Vaccination in Bombay 1856-1862 - 1856-1862
Year: 1856
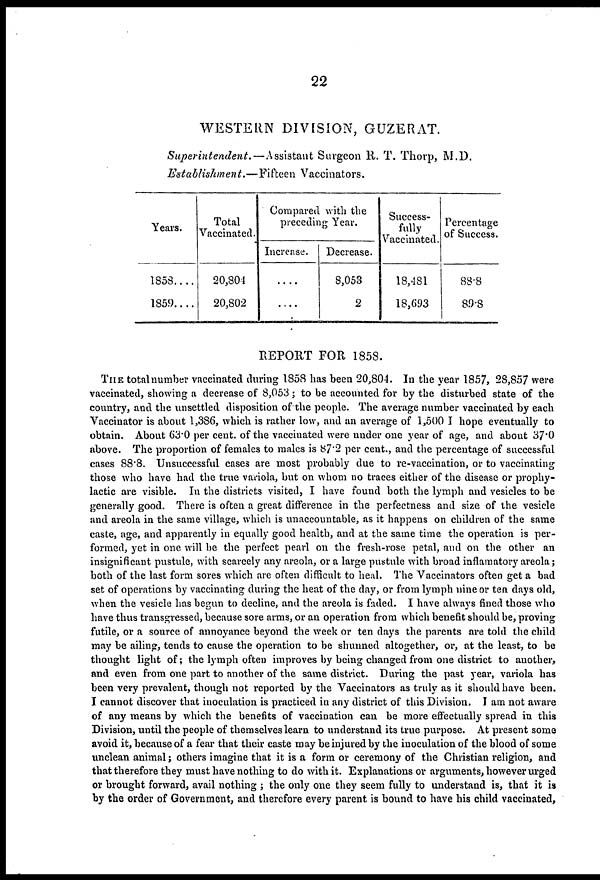
22
WESTERN DIVISION, GUZERAT.
Superintendent.—Assistant
Surgeon R. T. Thorp, M.D.
Establishment.—Fifteen
Vaccinators.
Years.
1858....
1859....
Total
Vaccinated.
20,804
20,802
Compared with the
preceding Year.
Increase.
....
....
Decrease.
8,053
2
Success-
fully
Vaccinated.
18,481
18,693
Percentage
of Success.
88.8
89.8
REPORT FOR 1858.
THE total number vaccinated during 1858 has been 20,804. In the year 1857, 28,857 were
vaccinated, showing a decrease of 8,053; to be accounted for by the disturbed state of the
country, and the unsettled disposition of the people. The average number vaccinated by each
Vaccinator is about 1,386, which is rather low, and an average of 1,500 I hope eventually to
obtain. About 63.0 per cent. of the vaccinated were under one year of age, and about 37.0
above. The proportion of females to males is 87.2 per cent., and the percentage of successful
cases 88.8. Unsuccessful cases are most probably due to re-vaccination, or to vaccinating
those who have had the true variola, but on whom no traces either of the disease or prophy-
lactic are visible. In the districts visited, I have found both the lymph and vesicles to be
generally good. There is often a great difference in the perfectness and size of the vesicle
and areola in the same village, which is unaccountable, as it happens on children of the same
caste, age, and apparently in equally good health, and at the same time the operation is per-
formed, yet in one will be the perfect pearl on the fresh-rose petal, and on the other an
insignificant pustule, with scarcely any areola, or a large pustule with broad inflamatory areola;
both of the last form sores which are often difficult to heal. The Vaccinators often get a bad
set of operations by vaccinating during the heat of the day, or from lymph nine or ten days old,
when the vesicle has begun to decline, and the areola is faded. I have always fined those who
have thus transgressed, because sore arms, or an operation from which benefit should be, proving
futile, or a source of annoyance beyond the week or ten days the parents are told the child
may be ailing, tends to cause the operation to be shunned altogether, or, at the least, to be
thought light of; the lymph often improves by being changed from one district to another,
and even from one part to another of the same district. During the past year, variola has
been very prevalent, though not reported by the Vaccinators as truly as it should have been.
I cannot discover that inoculation is practiced in any district of this Division. I am not aware
of any means by which the benefits of vaccination can be more effectually spread in this
Division, until the people of themselves learn to understand its true purpose. At present some
avoid it, because of a fear that their caste may be injured by the inoculation of the blood of some
unclean animal; others imagine that it is a form or ceremony of the Christian religion, and
that therefore they must have nothing to do with it. Explanations or arguments, however urged
or brought forward, avail nothing ; the only one they seem fully to understand is, that it is
by the order of Government, and therefore every parent is bound to have his child vaccinated.